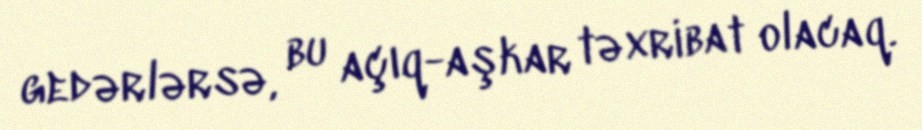
gedərlərsə, bu açıq-aşkar təxribat olacaq.